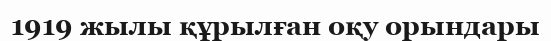
1919 жылы құрылған оқу орындары